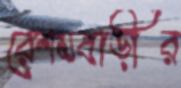
রেশমবাড়ীর